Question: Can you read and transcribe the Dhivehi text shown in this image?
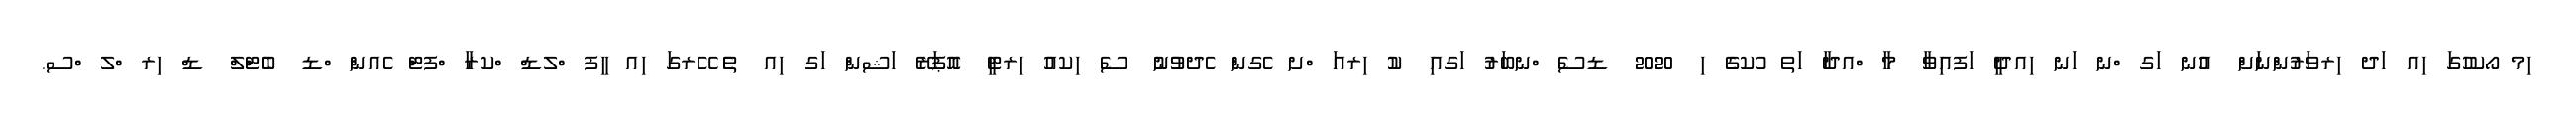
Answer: ިމ ޯކހުގަ ިއ ަދ ިރވަރުންނަށް އުނ ަގ ްނ ަނ ިއދީ ަފއިވާ މާ ްއދާ ަތ ުކގެ ި 2020 ޑސެ ްނބަރު ަގއި ކު ިރއަ ްށ ެގން ެދވުނު ސެ ިކއު ިރޓީ އޮޕަރޭ ަޝން ަގ ިއ ތެ ޭރގަ ިއ ީފ ްލޑް ްކރާ ްފޓް ެއން ްޑ ބެޓްލް ޑް ިރ ްލ ްސ.